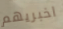
اخبريهم